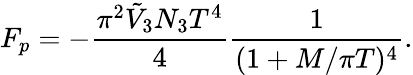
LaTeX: F_{p}=-\frac{\pi^{2}\tilde{V}_{3}N_{3}T^{4}}{4}\frac{1}{(1+M/\pi T)^{4}}.